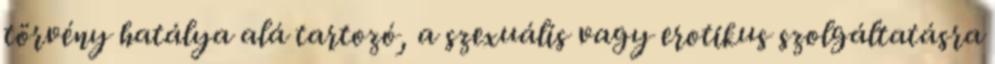
törvény hatálya alá tartozó, a szexuális vagy erotikus szolgáltatásra